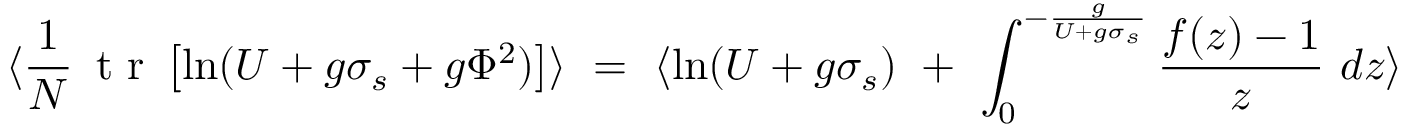
\langle { \frac { 1 } { N } } \, \makebox { t r } \left[ \ln ( U + g \sigma _ { s } + g \Phi ^ { 2 } ) \right] \rangle \ = \ \langle \ln ( U + g \sigma _ { s } ) \ + \ \int _ { 0 } ^ { - { \frac { g } { U + g \sigma _ { s } } } } { \frac { f ( z ) - 1 } { z } } \ d z \rangle